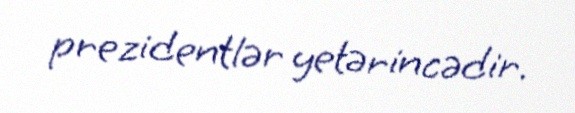
prezidentlər yetərincədir.